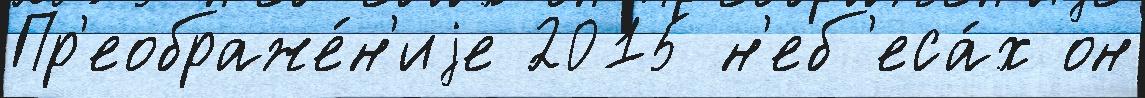
Пр'еображе́н'иjе 2015 н'еб'еса́х он